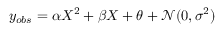
y _ { o b s } = \alpha X ^ { 2 } + \beta X + \theta + \mathcal { N } ( 0 , \sigma ^ { 2 } )